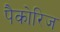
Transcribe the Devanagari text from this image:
पैकोरिज